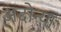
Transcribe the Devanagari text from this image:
अदोन्या